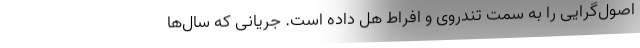
اصول‌گرایی را به سمت تندروی و افراط هُل داده است. جریانی که سال‌ها